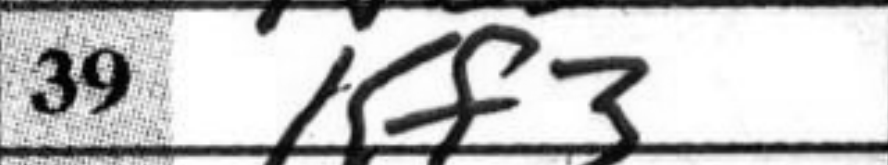
Transcription: Kf3